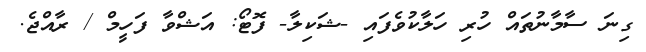
ގިނަ ސާމާނުތައް ހުރި ހަލާކުވެފައި -ޝަކިލާ- ފޮޓޯ: އަޝްވާ ފަހީމް / ރާއްޖެ.